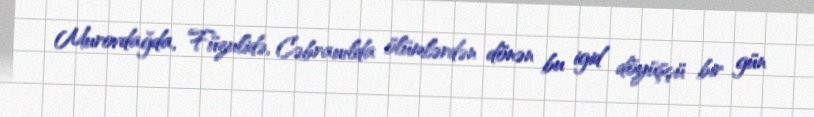
Murovdağda, Füzulidə, Cəbrauılda ölümlərdən dönən bu igid döyüşçü bir gün